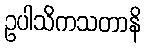
ဥပါသိကသတာနိ